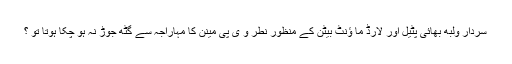
سردار ولبھ بھائی پٹیل اور لارڈ ما ؤنٹ بیٹن کے منظورِ نطر و ی پی مینن کا مہاراجہ سے گٹھ جوڑ نہ ہو چکا ہوتا تو ؟